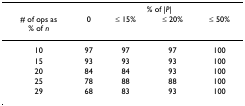
<table><thead><tr><td></td><td colspan="4"><b>% of |<i>P</i>|</b></td></tr><tr><td><b># of ops as% of <i>n</i></b></td><td><b>0</b></td><td><b>≤ 15%</b></td><td><b>≤ 20%</b></td><td><b>≤ 50%</b></td></tr></thead><tbody><tr><td>10</td><td>97</td><td>97</td><td>97</td><td>100</td></tr><tr><td>15</td><td>93</td><td>93</td><td>93</td><td>100</td></tr><tr><td>20</td><td>84</td><td>84</td><td>93</td><td>100</td></tr><tr><td>25</td><td>78</td><td>88</td><td>88</td><td>100</td></tr><tr><td>29</td><td>68</td><td>83</td><td>93</td><td>100</td></tr></tbody></table>